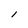
Character: l